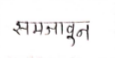
मजकूर: समजावून